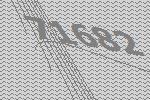
71682